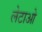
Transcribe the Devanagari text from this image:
लेटाओ